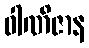
ဝါဏိဇာန